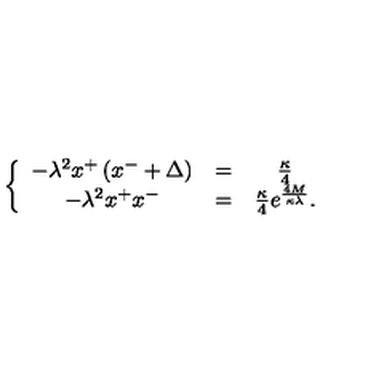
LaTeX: \left\{ \begin{array} { c c c } { - \lambda ^ { 2 } x ^ { + } \left( x ^ { - } + \Delta \right) } & { = } & { { \frac { \kappa } { 4 } } } \\ { - \lambda ^ { 2 } x ^ { + } x ^ { - } } & { = } & { { \frac { \kappa } { 4 } } e ^ { \frac { 4 M } { \kappa \lambda } } . } \\ \end{array} \right.